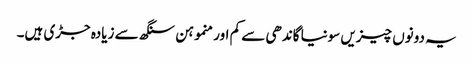
یہ دونوں چیزیں سونیا گاندھی سے کم اور منموہن سنگھ سے زیادہ جڑی ہیں۔